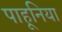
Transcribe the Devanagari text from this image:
पाहूनिया